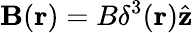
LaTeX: \mathbf{B}(\mathbf{r})=B\delta^{3}(\mathbf{r})\hat{\mathbf{z}}